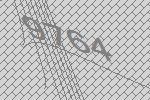
9764